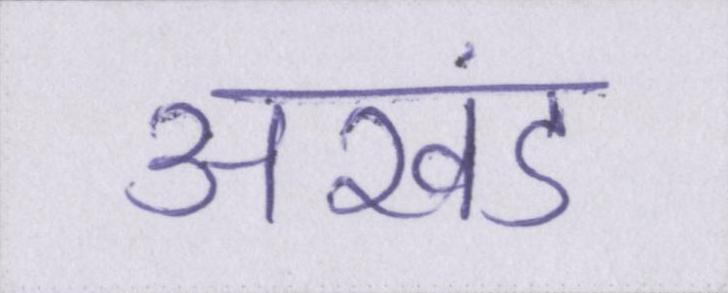
अखंड